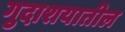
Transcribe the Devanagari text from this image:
गुदाशयातील